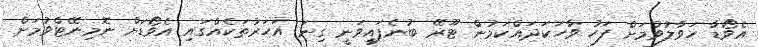
އެވޯޑާ ހަވާލުވުމަށް ފަހު ވާހަކަދައްކަމުން ޓޫރޭ ބުނެފައިވަނީ ގިނަ އަހަރުތަކެއްގައި އެވޯޑަށް ނޮމިނޭޓްވުމަށް